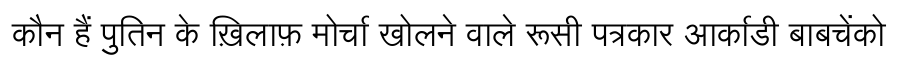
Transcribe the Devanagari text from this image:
कौन हैं पुतिन के ख़िलाफ़ मोर्चा खोलने वाले रूसी पत्रकार आर्काडी बाबचेंको